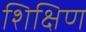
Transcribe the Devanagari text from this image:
शिक्षिण